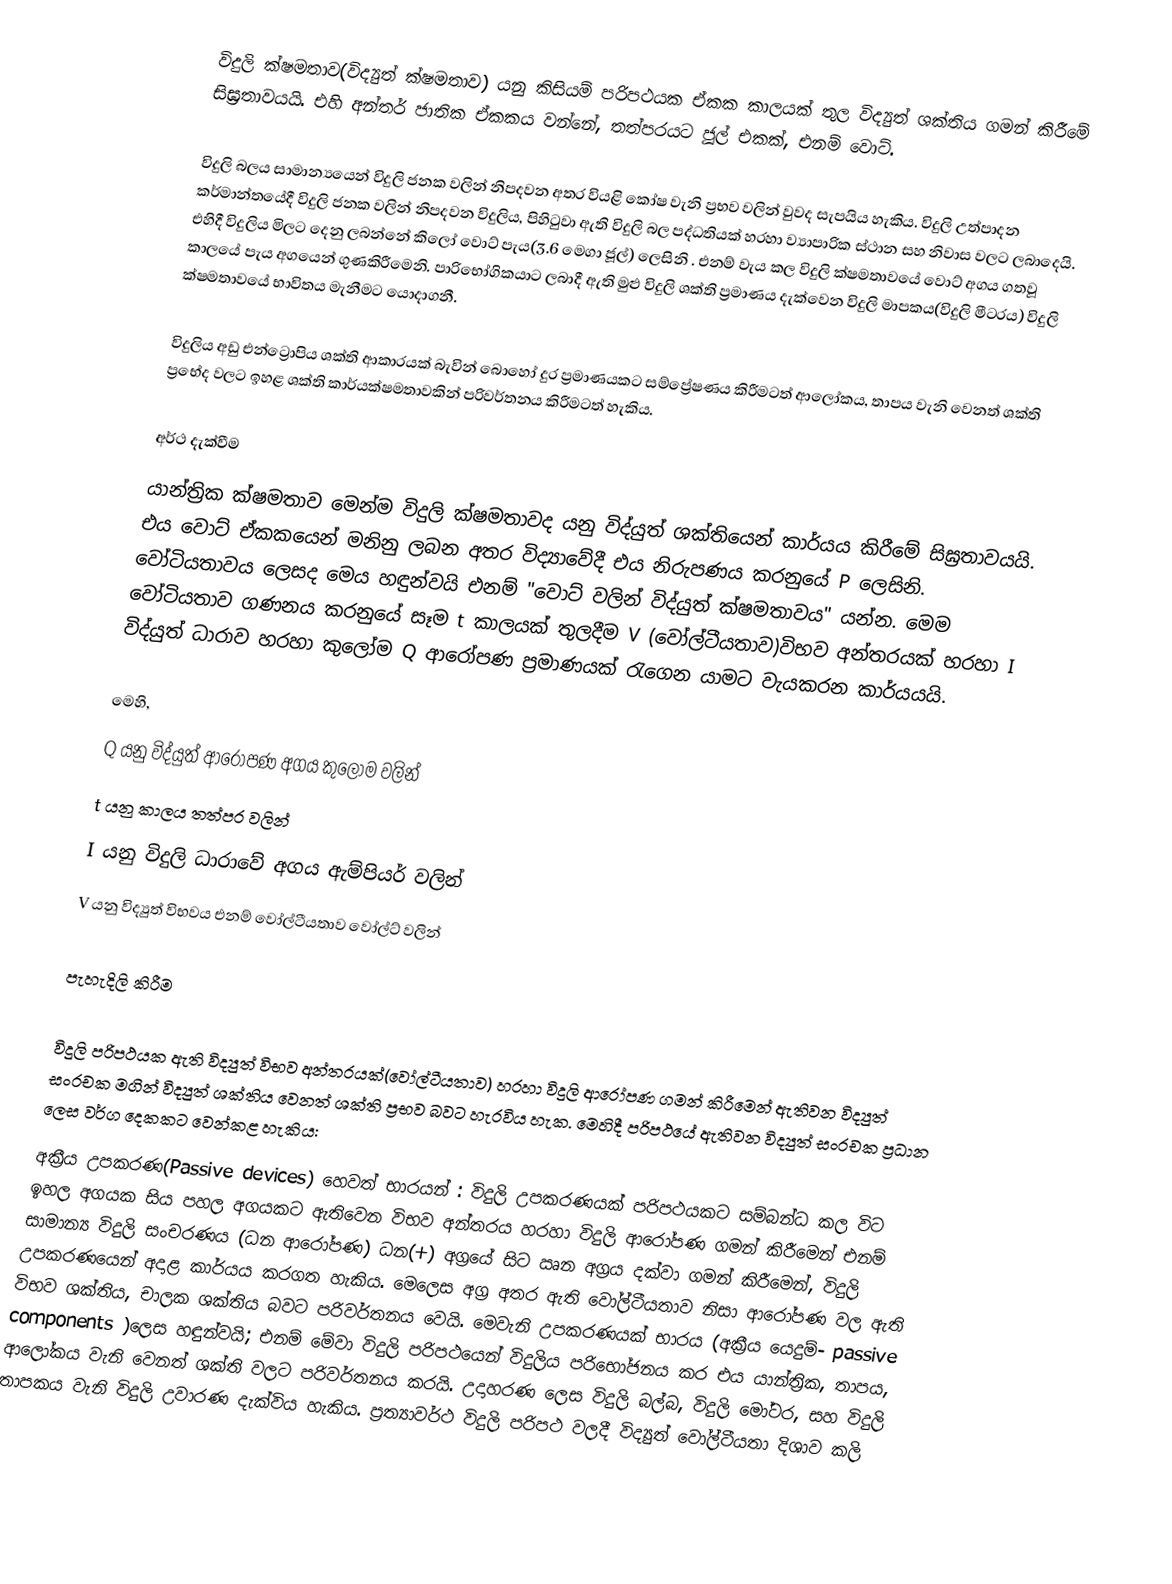
විදුලි ක්ෂමතාව(විද්‍යුත් ක්ෂමතාව) යනු කිසියම් පරිපථයක ඒකක කාලයක් තුල විද්‍යුත් ශක්තිය ගමන් කිරීමේ සිඝ්‍රතාවයයි. එහි අන්තර් ජාතික ඒකකය වන්නේ, තත්පරයට ජූල් එකක්, එනම් වොට්.

විදුලි බලය සාමාන්‍යයෙන් විදුලි ජනක වලින් නිපදවන අතර වියළි කෝෂ වැනි ප්‍රභව වලින් වුවද සැපයිය හැකිය. විදුලි උත්පාදන කර්මාන්තයේදී විදුලි ජනක වලින් නිපදවන විදුලිය, පිහිටුවා ඇති විදුලි බල පද්ධතියක් හරහා ව්‍යාපාරික ස්ථාන සහ නිවාස වලට ලබාදෙයි. එහිදී විදුලිය මිලට දෙනු ලබන්නේ කිලෝ වොට් පැය(3.6 මෙගා ජූල්) ලෙසිනි . එනම් වැය කල විදුලි ක්ෂමතාවයේ වොට් අගය ගතවූ කාලයේ පැය අගයෙන් ගුණකිරීමෙනි. පාරිභෝගිකයාට ලබාදී ඇති මුළු විදුලි ශක්ති ප්‍රමාණය දැක්වෙන විදුලි මාපකය(විදුලි මීටරය) විදුලි ක්ෂමතාවයේ භාවිතය මැනීමට යොදාගනී.

විදුලිය අඩු එන්ට්‍රොපිය ශක්ති ආකාරයක් බැවින් බොහෝ දුර ප්‍රමාණයකට සම්ප්‍රේෂණය කිරීමටත් ආලෝකය, තාපය වැනි වෙනත් ශක්ති ප්‍රභේද වලට ඉහළ ශක්ති කාර්යක්ෂමතාවකින් පරිවර්තනය කිරීමටත් හැකිය.

අර්ථ දැක්වීම
යාන්ත්‍රික ක්ෂමතාව මෙන්ම විදුලි ක්ෂමතාවද යනු විද්යුත් ශක්තියෙන් කාර්යය කිරීමේ සිඝ්‍රතාවයයි. එය වොට් ඒකකයෙන් මනිනු ලබන අතර විද්‍යාවේදී එය නිරුපණය කරනුයේ P ලෙසිනි. වෝටියතාවය ලෙසද මෙය හඳුන්වයි එනම් "වොට් වලින් විද්යුත් ක්ෂමතාවය" යන්න.  මෙම වෝටියතාව ගණනය කරනුයේ සෑම t කාලයක්  තුලදීම V (වෝල්ටීයතාව)විභව අන්තරයක් හරහා I විද්යුත් ධාරාව හරහා කුලෝම Q ආරෝපණ ප්‍රමාණයක් රැගෙන යාමට වැයකරන කාර්යයයි.

මෙහි,
 Q යනු විද්යුත් ආරෝපණ අගය කුලෝම වලින් 
 t  යනු කාලය තත්පර වලින් 
 I  යනු විදුලි ධාරාවේ අගය ඇම්පියර් වලින් 
 V යනු විද්‍යුත් විභවය එනම් වෝල්ටීයතාව වෝල්ට් වලින්

පැහැදිලි කිරීම

විදුලි පරිපථයක ඇති විද්‍යුත් විභව අන්තරයක්(වෝල්ටීයතාව) හරහා විදුලි ආරෝපණ ගමන් කිරීමෙන් ඇතිවන විද්‍යුත් සංරචක මගින් විද්‍යුත් ශක්තිය වෙනත් ශක්ති ප්‍රභව බවට හැරවිය හැක. මෙහිදී පරිපථයේ ඇතිවන විද්‍යුත් සංරචක ප්‍රධාන ලෙස වර්ග දෙකකට වෙන්කළ හැකිය:
 අක්‍රීය උපකරණ(Passive devices) හෙවත් භාරයන් : විදුලි උපකරණයක් පරිපථයකට සම්බන්ධ කල විට ඉහල අගයක සිය පහල අගයකට ඇතිවෙන විභව අන්තරය හරහා විදුලි ආරෝපණ ගමන් කිරීමෙන් එනම් සාමාන්‍ය විදුලි සංචරණය (ධන ආරෝපණ) ධන(+) අග්‍රයේ සිට ඍන අග්‍රය දක්වා ගමන් කිරීමෙන්, විදුලි උපකරණයෙන් අදාළ කාර්යය කරගත හැකිය. මෙලෙස අග්‍ර අතර  ඇති වෝල්ටීයතාව නිසා ආරෝපණ වල ඇති විභව ශක්තිය, චාලක ශක්තිය බවට පරිවර්තනය වෙයි. මෙවැනි උපකරණයක් භාරය (අක්‍රීය යෙදුම්- passive components )ලෙස හඳුන්වයි; එනම් මේවා විදුලි පරිපථයෙන් විදුලිය පරිභෝජනය කර එය යාන්ත්‍රික, තාපය, ආලෝකය වැනි වෙනත් ශක්ති වලට පරිවර්තනය කරයි. උදාහරණ ලෙස විදුලි බල්බ, විදුලි මෝටර, සහ විදුලි තාපකය වැනි විදුලි උවාරණ දැක්විය හැකිය. ප්‍රත්‍යාවර්ථ විදුලි පරිපථ වලදී විද්‍යුත් වෝල්ටීයතා දිශාව කලි